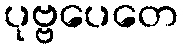
ပုဗ္ဗပေတေ